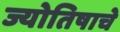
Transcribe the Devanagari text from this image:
ज्योतिषाचे